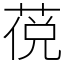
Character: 䓲